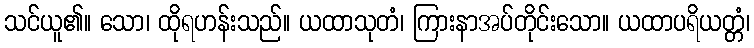
သင်ယူ၏။ သော၊ ထိုရဟန်းသည်။ ယထာသုတံ၊ ကြားနာအပ်တိုင်းသော။ ယထာပရိယတ္တံ၊